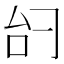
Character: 𫩞